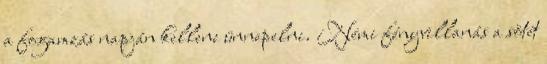
a fogamzás napján kellene ünnepelni. Némi fényvillanás a sötét